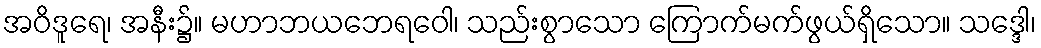
အဝိဒူရေ၊ အနီး၌။ မဟာဘယဘေရဝေါ၊ သည်းစွာသော ကြောက်မက်ဖွယ်ရှိသော။ သဒ္ဒေါ၊